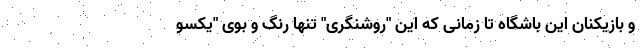
و بازیکنان این باشگاه تا زمانی که این "روشنگری" تنها رنگ و بوی "یکسو